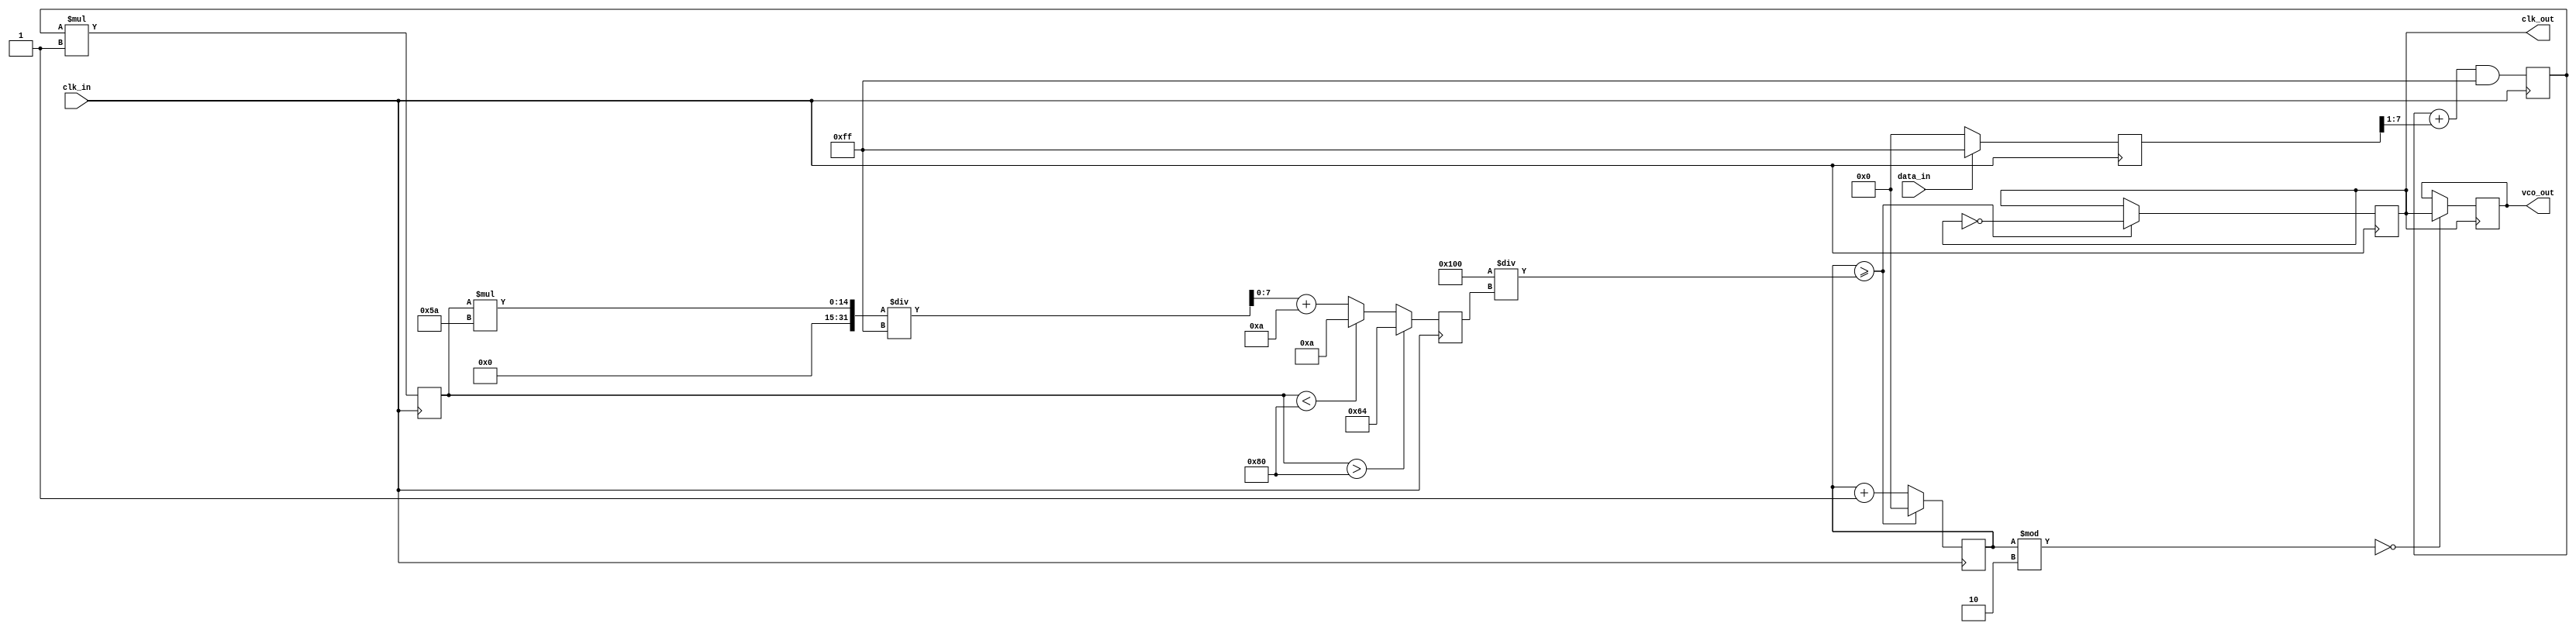
module clock_recovery_pll (
    input wire clk_in,           // Input data clock
    input wire data_in,          // Input data signal
    output reg clk_out,          // Output recovered clock
    output reg vco_out           // Output of the VCO
);

    // Parameters
    parameter integer VCO_MAX_FREQ = 100; // Max frequency for VCO
    parameter integer VCO_MIN_FREQ = 10;   // Min frequency for VCO
    parameter integer LPF_GAIN = 1;         // Gain for the low-pass filter
    parameter integer DIVIDER = 2;           // Frequency divider

    // Internal signals
    reg [7:0] phase_error;                  // Phase error signal
    reg [7:0] control_voltage;               // Control voltage for VCO
    reg [7:0] vco_frequency;                 // Current frequency of VCO
    reg [7:0] lpf_output;                    // Output of the low-pass filter
    reg [7:0] counter;                       // Counter for clock generation

    // Phase Detector
    always @(posedge clk_in) begin
        if (data_in) begin
            phase_error <= 8'hFF; // Phase error when data transition occurs
        end else begin
            phase_error <= 8'h00; // No phase error
        end
    end

    // Low Pass Filter
    always @(posedge clk_in) begin
        lpf_output <= (lpf_output + (phase_error >> 1)) & 8'hFF; // Simple averaging filter
        control_voltage <= lpf_output * LPF_GAIN;
    end

    // Voltage-Controlled Oscillator (VCO)
    always @(posedge clk_in) begin
        if (control_voltage > 128) begin
            vco_frequency <= VCO_MAX_FREQ; // Max frequency
        end else if (control_voltage < 128) begin
            vco_frequency <= VCO_MIN_FREQ; // Min frequency
        end else begin
            vco_frequency <= (control_voltage * (VCO_MAX_FREQ - VCO_MIN_FREQ) / 255) + VCO_MIN_FREQ;
        end
    end

    // Clock Generation
    always @(posedge clk_in) begin
        counter <= counter + 1;
        if (counter >= (256 / vco_frequency)) begin
            clk_out <= ~clk_out; // Toggle output clock
            counter <= 0;
        end
    end

    // Frequency Divider (optional)
    always @(posedge clk_out) begin
        if (counter % DIVIDER == 0) begin
            vco_out <= clk_out; // Output the divided clock
        end
    end

endmodule